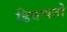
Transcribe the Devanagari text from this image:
डिवचतो